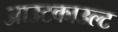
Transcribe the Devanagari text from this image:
आउटकाउल्ट